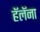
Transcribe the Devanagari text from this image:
हॅलॅना